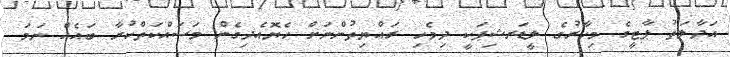
އަދާލަތު ޕާޓީގެ މިހާރުގެ ލީޑަރޝިޕަކީ ދިވެހި ރައްޔިތުންނަށް ހެޔޮއެދިގެން މަސައްކަތްކުރާ ބައެއް ނަމަ